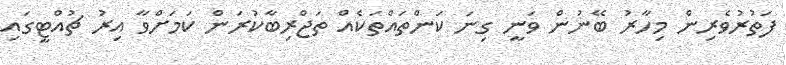
ފަތުރުވެރިން މިހާރު ބޭނުން ވަނީ ގިނަ ކަންތައްތަކެއް ތަޖްރިބާކުރަން ކަމަށްވާ އިރު ޗުއްޓީގައި